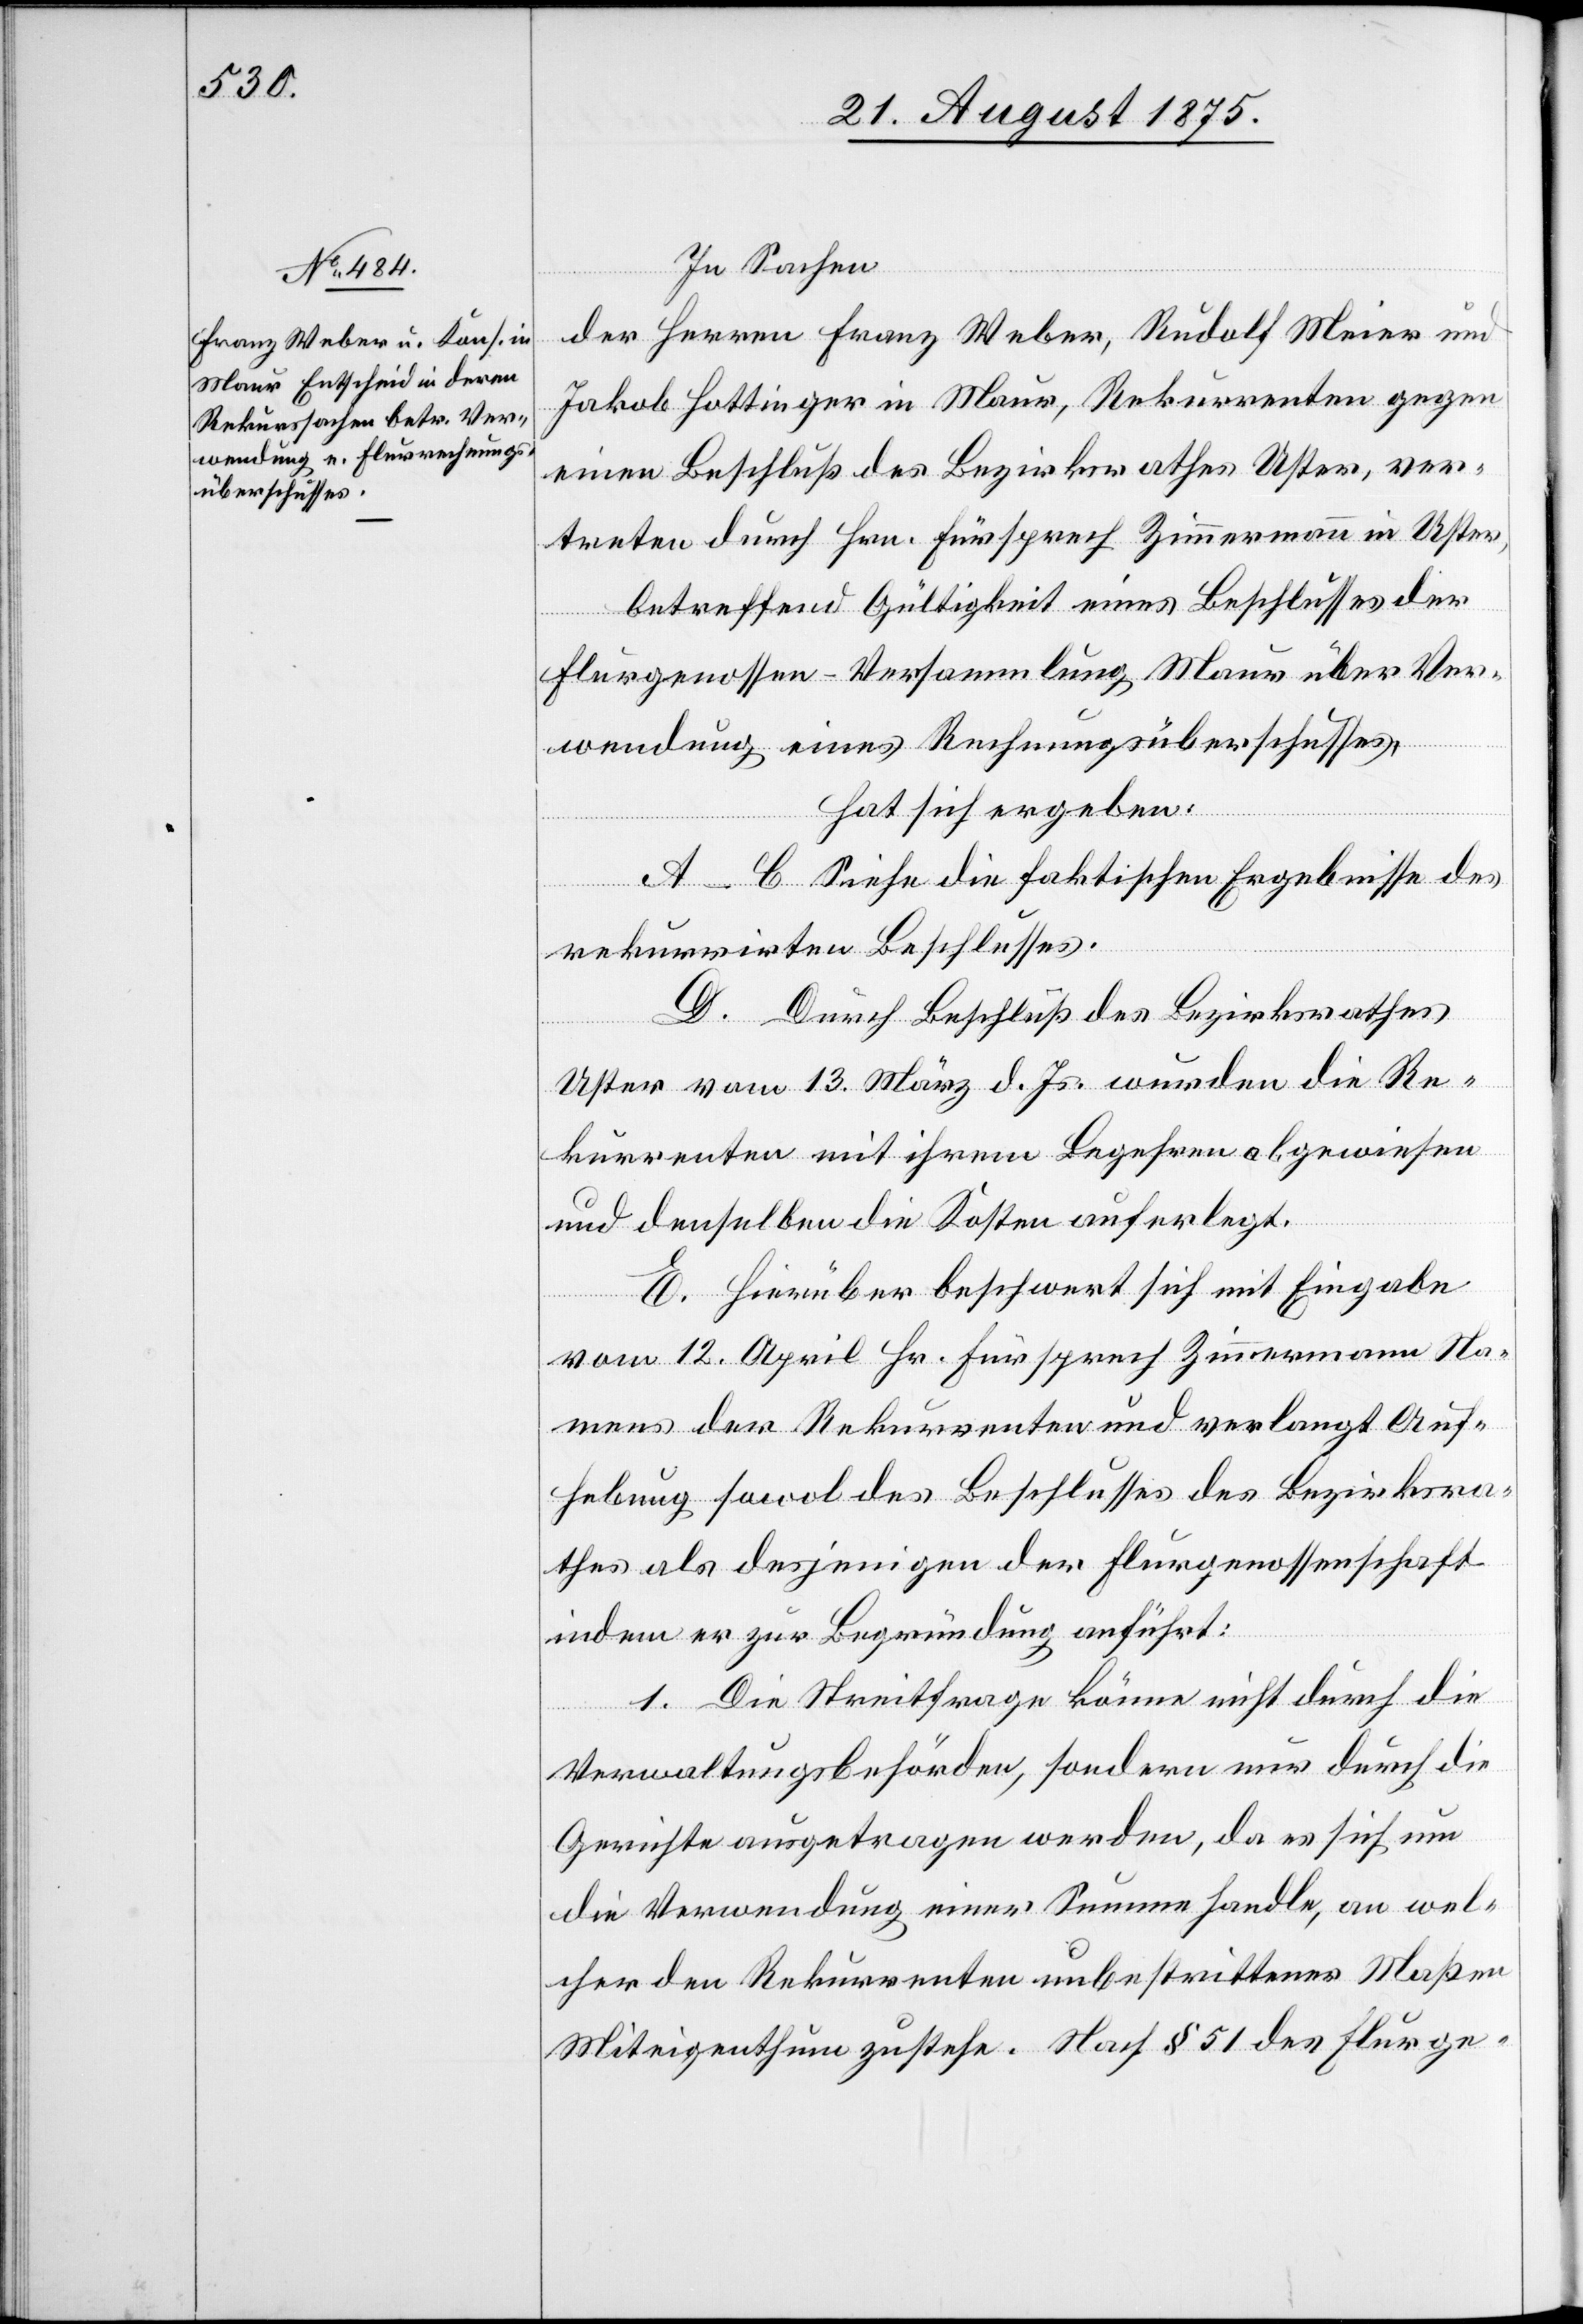
In Sachen
der Herren Franz Weber, Rudolf Meier und
Jakob Hottinger in Maur, Rekurrenten gegen
einen Beschluß des Bezirksrathes Uster, ver¬
treten durch Hrn. Fürsprech Zimmermann in Uster,
betreffend Gültigkeit eines Beschlusses der
Flurgenossen-Versammlung Maur über Ver¬
wendung eines Rechnungsüberschusses,
hat sich ergeben:
A–C Siehe die faktischen Ergebnisse des
rekurrirten Beschlusses.
D. Durch Beschluß des Bezirksrathes
Uster vom 13. März d. Js. wurden die Re¬
kurrenten mit ihrem Begehren abgewiesen
und denselben die Kosten auferlegt.
E. Hierüber beschwert sich mit Eingabe
vom 12. April Hr. Fürsprech Zimmermann Na¬
mens der Rekurrenten und verlangt Auf¬
hebung sowol des Beschlusses des Bezirksra¬
thes als desjenigen der Flurgenossenschaft
indem er zur Begründung anführt:
1. Die Streitfrage könne nicht durch die
Verwaltungsbehörden, sondern nur durch die
Gerichte ausgetragen werden, da es sich um
die Verwendung einer Summe handle, an wel¬
cher den Rekurrenten unbestrittener Maßen
Miteigenthum zustehe. Nach § 51 des Flurge-